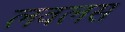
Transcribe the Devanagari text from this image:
लवलस